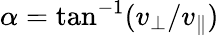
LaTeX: \alpha=\tan^{-1}(v_{\perp}/v_{\parallel})